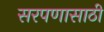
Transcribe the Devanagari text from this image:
सरपणासाठी